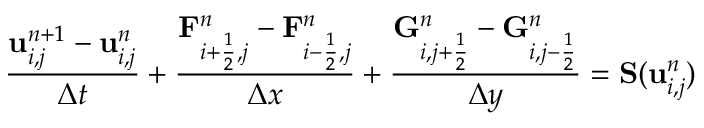
\frac { \mathbf u _ { i , j } ^ { n + 1 } - \mathbf u _ { i , j } ^ { n } } { \Delta t } + \frac { \mathbf F _ { i + \frac { 1 } { 2 } , j } ^ { n } - \mathbf F _ { i - \frac { 1 } { 2 } , j } ^ { n } } { \Delta x } + \frac { \mathbf G _ { i , j + \frac { 1 } { 2 } } ^ { n } - \mathbf G _ { i , j - \frac { 1 } { 2 } } ^ { n } } { \Delta y } = \mathbf S ( \mathbf u _ { i , j } ^ { n } )